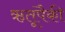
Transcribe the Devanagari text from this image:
ऋतूंपैकी